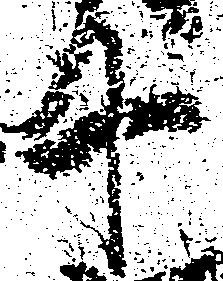
十